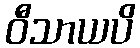
ဝီသာယပိ